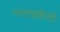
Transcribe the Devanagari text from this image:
नाट्यशैली